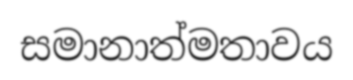
සමානාත්මතාවය